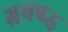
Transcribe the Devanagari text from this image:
ग्रथबद्ध